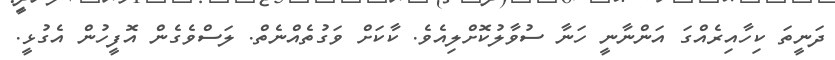
ދަނީތަ ކިހާއިރެއްގަ އަންނާނީ ހަނާ ސުވާލުކޮށްލިއެވެ. ކާކަށް ވަގުތެއްނެތް. ލަސްވެގެން އޮފީހުން އެގުޅީ.